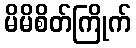
မိမိစိတ်ကြိုက်